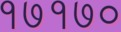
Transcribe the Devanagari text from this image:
१७१७०